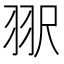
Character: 𰭠